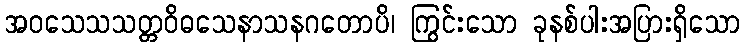
အဝသေသသတ္တဝိဓသေနာသနဂတောပိ၊ ကြွင်းသော ခုနစ်ပါးအပြားရှိသော